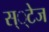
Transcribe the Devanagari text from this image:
स््टेज